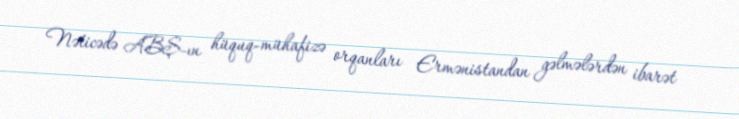
Nəticədə ABŞ-ın hüquq-mühafizə orqanları Ermənistandan gəlmələrdən ibarət